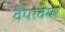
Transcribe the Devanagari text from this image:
वैपरवेयर